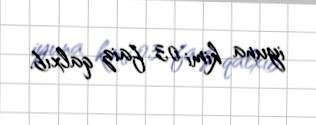
iyuna kimi 0,3 faiz qalxıb.